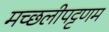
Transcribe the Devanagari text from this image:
मच्‍छलीपट्टणम